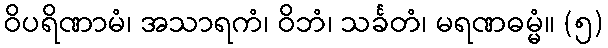
ဝိပရိဏာမံ၊ အသာရကံ၊ ဝိဘံ၊ သင်္ခတံ၊ မရဏဓမ္မံ။ (၅)